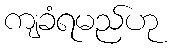
ကျခံရမည်ဟု